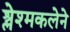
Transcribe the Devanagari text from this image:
श्लेश्मकलेने